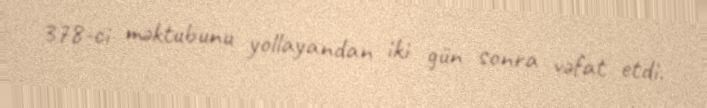
378-ci məktubunu yollayandan iki gün sonra vəfat etdi.